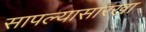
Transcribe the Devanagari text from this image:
सापल्यासारखा